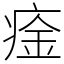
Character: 㾣